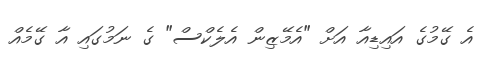
އެ ގޭމުގެ އައިޑިއާ އަށް "އެމޭޒިން އެލެކްސް" ގެ ނަމުގައި އާ ގޭމެއް